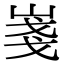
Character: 𡸚